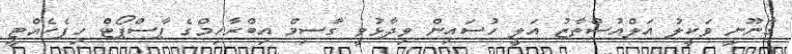
ގާނޫނީ ވަކީލު އަލްއުސްތާޒު އަލީ ހުސައިން ވިދާޅުވީ ގާސިމް އިބްރާހިމްގެ ޕާސްޕޯޓް ހިފެހެއްޓީ